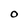
Character: O